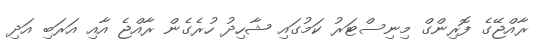
ރާއްޖޭގެ ފޮރިންގް މިނިސްޓަރު ކަމުގައި ޝާހިދު ހުރެގެން ރާއްޖެ އާއި އަރަބި އަދި